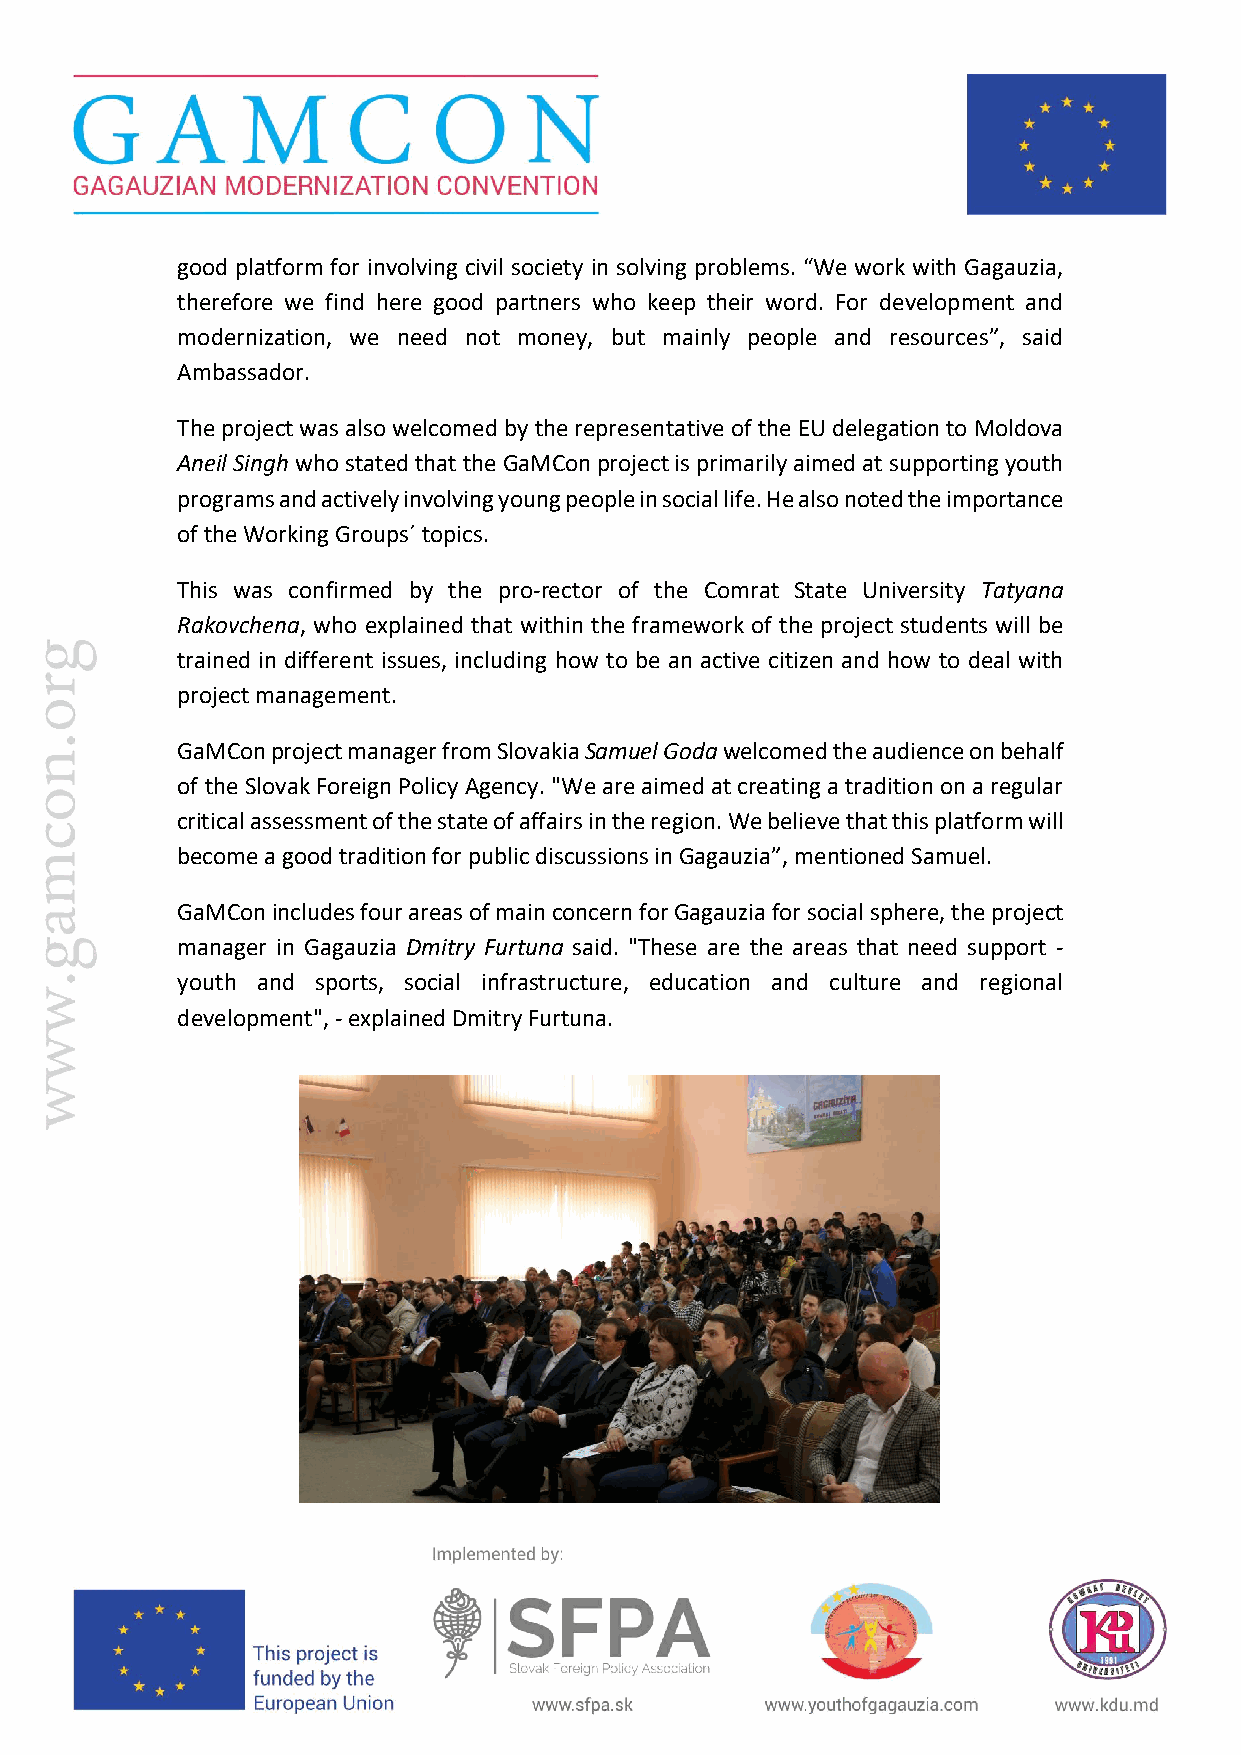
good platform for involving civil society in solving problems. “We work with Gagauzia,
 therefore we find here good partners who keep their word. For development and
 modernization, we need not money, but mainly people and resources”, said
 Ambassador.
 The project was also welcomed by the representative of the EU delegation to Moldova
 Aneil Singh who stated that the GaMCon project is primarily aimed at supporting youth
 programs and actively involving young people in social life. He also noted the importance
 of the Working Groups´ topics.
 This was confirmed by the pro-rector of the Comrat State University Tatyana
 Rakovchena, who explained that within the framework of the project students will be
 trained in different issues, including how to be an active citizen and how to deal with
 project management.
 GaMCon project manager from Slovakia Samuel Goda welcomed the audience on behalf
 of the Slovak Foreign Policy Agency. "We are aimed at creating a tradition on a regular
 critical assessment of the state of affairs in the region. We believe that this platform will
 become a good tradition for public discussions in Gagauzia”, mentioned Samuel.
 GaMCon includes four areas of main concern for Gagauzia for social sphere, the project
 manager in Gagauzia Dmitry Furtuna said. "These are the areas that need support -
 youth and sports, social infrastructure, education and culture and regional
 development", - explained Dmitry Furtuna.